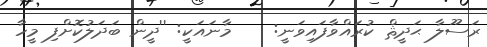
ރަސޫލާ ޙަދީޘް ކުރައްވާފައިވަނީ:    މާނައަކީ: ''ދީން ބަދަލުކޮށްފި މީހާ